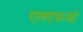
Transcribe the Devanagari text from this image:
एलएफओ